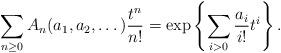
LaTeX: \begin{align*}\sum_{n\geq 0}A_n(a_1,a_2,\dots)\frac{t^n}{n!}=\exp\left\{\sum_{i>0}\frac{a_i}{i!}t^i\right\}.\end{align*}